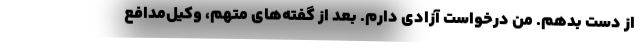
از دست بدهم. من درخواست آزادی دارم. بعد از گفته‌های متهم، وکیل‌مدافع